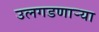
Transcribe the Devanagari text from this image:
उलगडणार्‍या